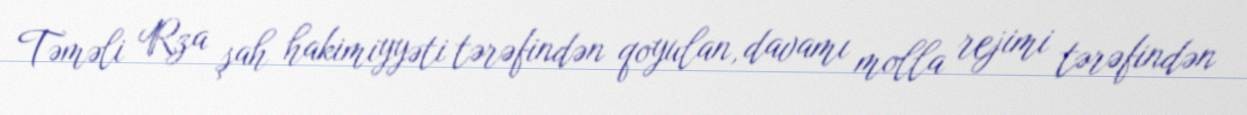
Təməli Rza şah hakimiyyəti tərəfindən qoyulan, davamı molla rejimi tərəfindən